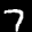
Label: 7